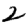
Digit: 2